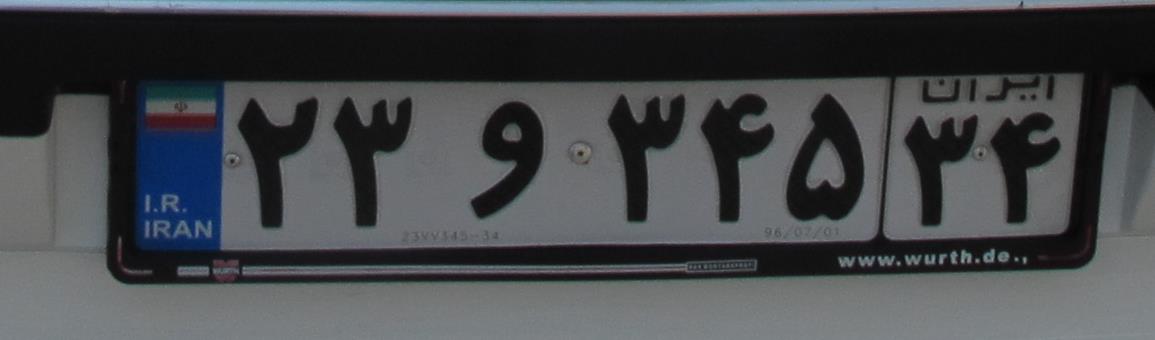
۲۳و۳۴۵۳۴